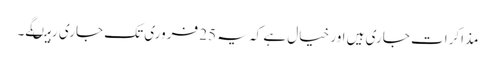
مذاکرات جاری ہیں اور خیال ہے کہ یہ 25 فروری تک جاری رہیںگے۔